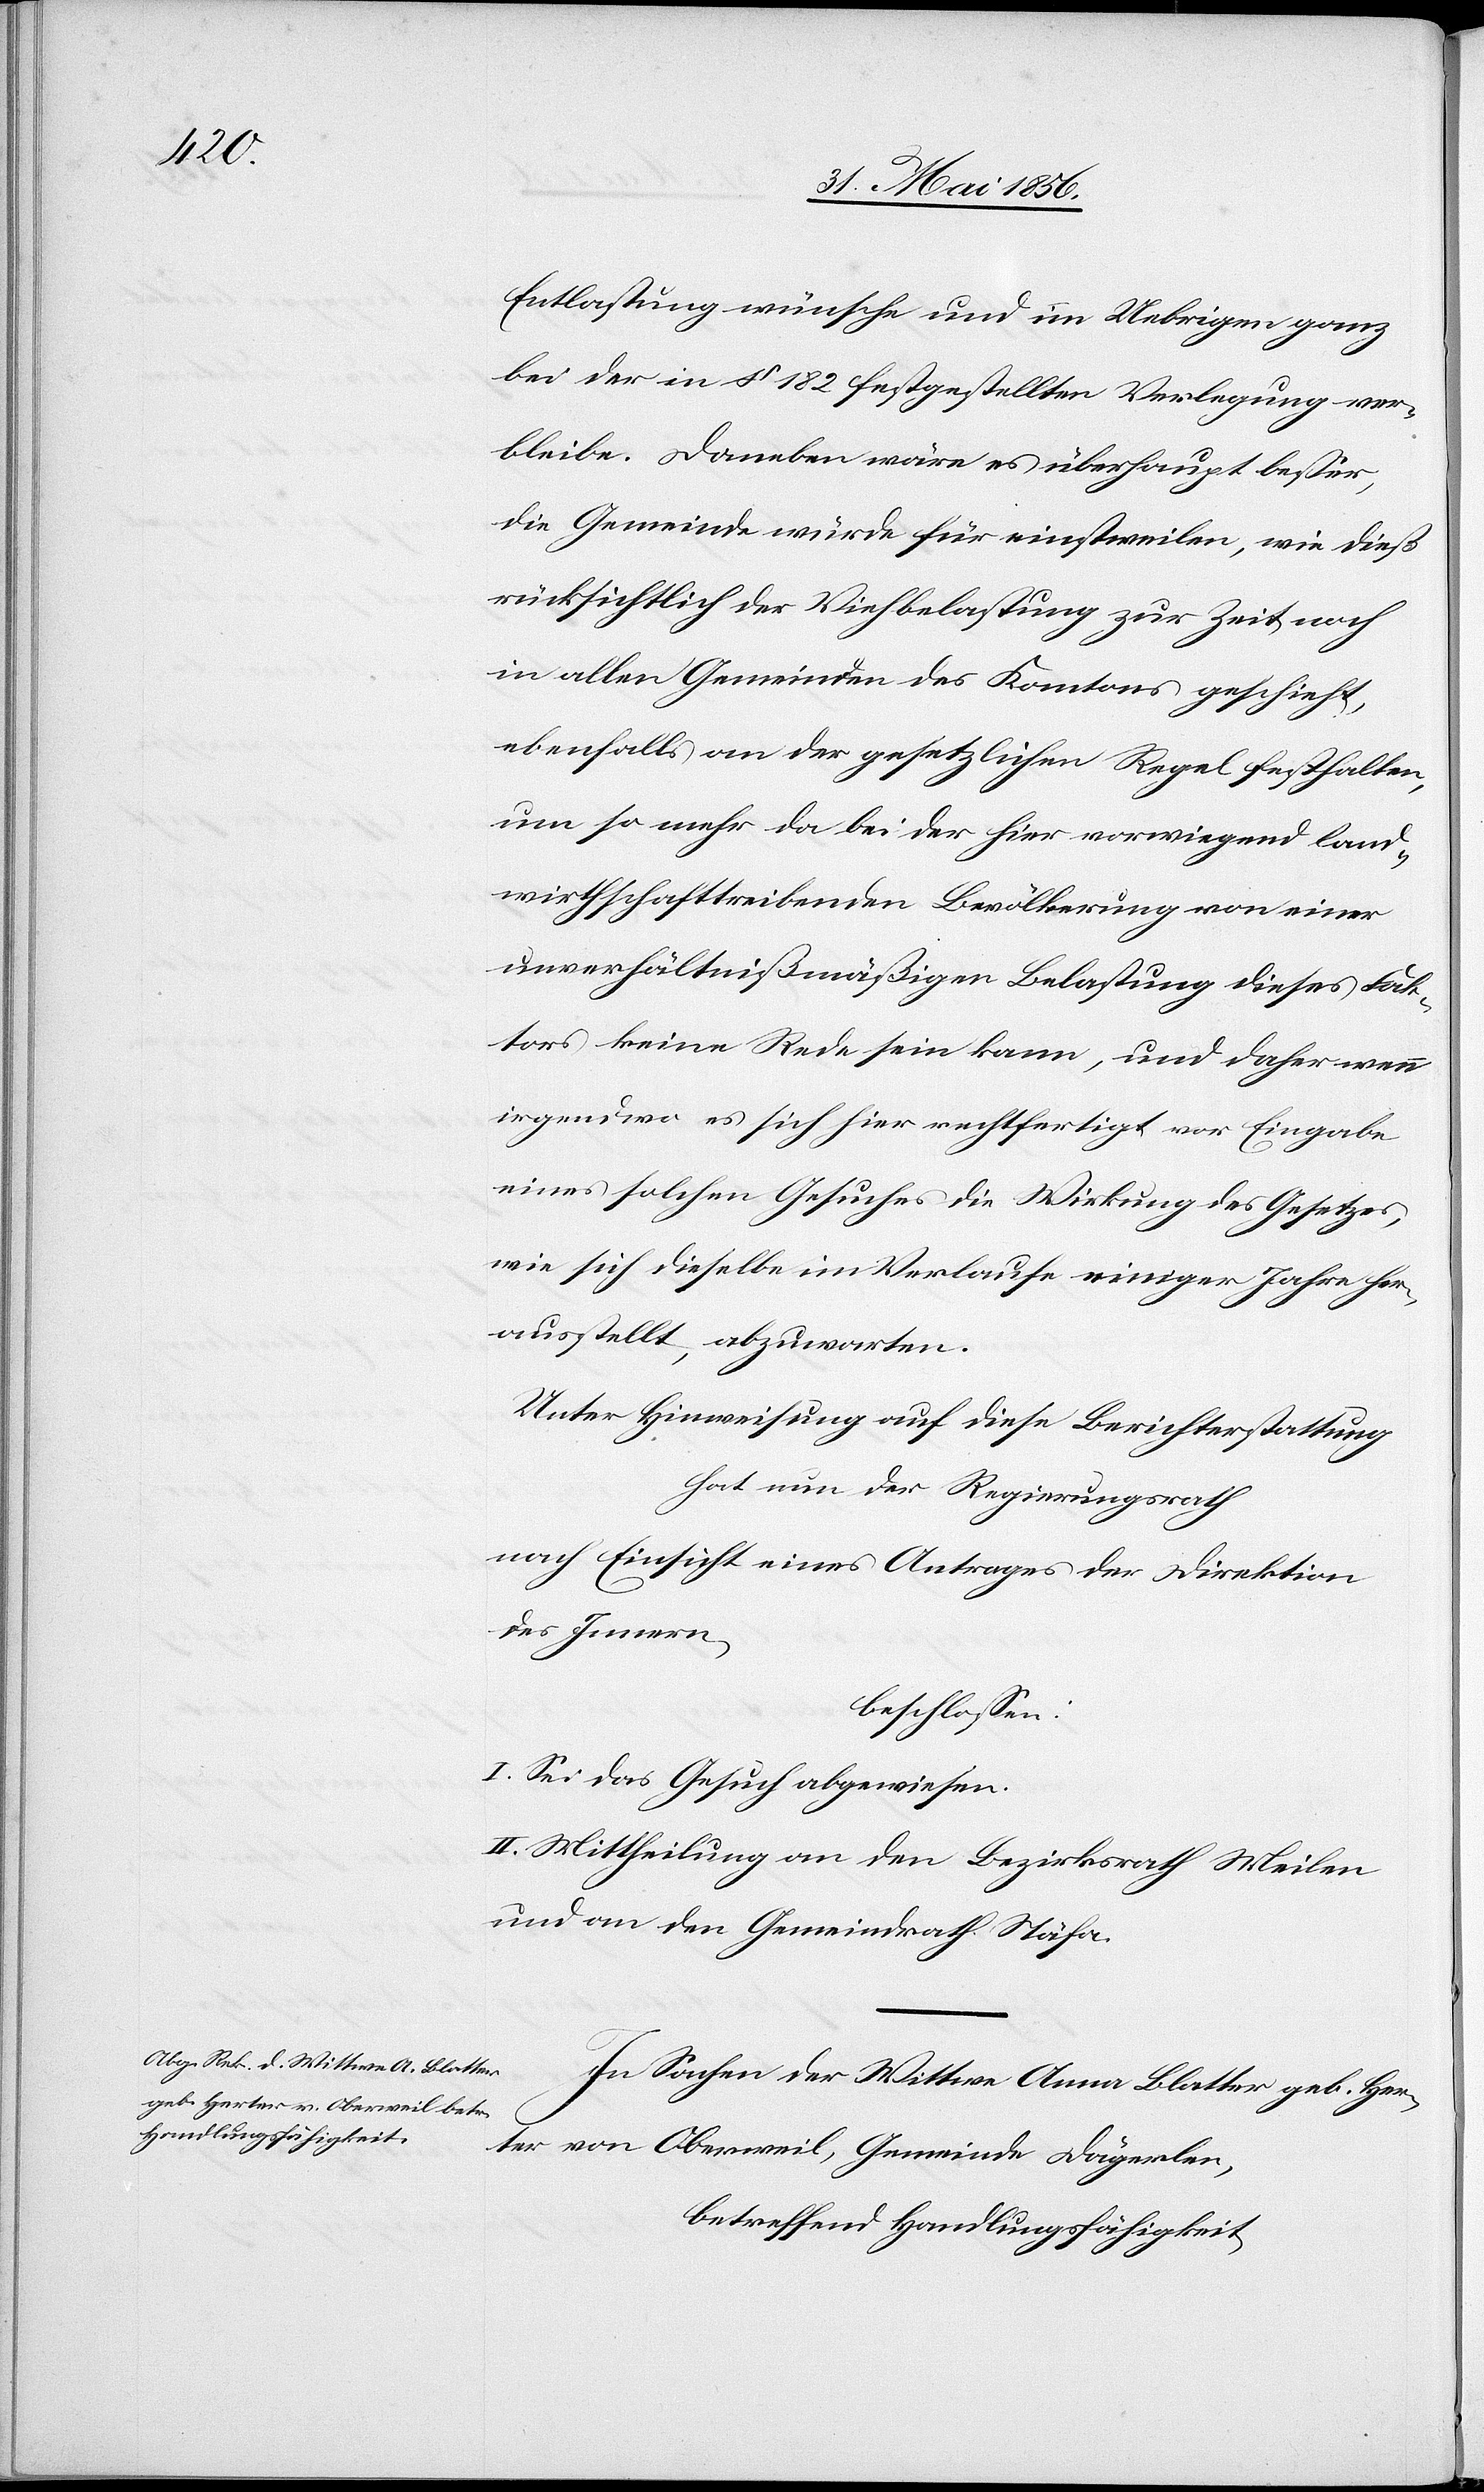
Entlastung wünsche und im Uebrigen ganz
bei der in § 182 festgestellten Verlegung ver¬
bleibe. Daneben wäre es überhaupt besser,
die Gemeinde würde für einstweilen, wie dieß
rücksichtlich der Viehbelastung zur Zeit noch
in allen Gemeinden des Kantons geschieht,
ebenfalls an der gesetzlichen Regel festhalten,
um so mehr da bei der hier vorwiegend land¬
wirthschafttreibenden Bevölkerung von einer
unverhältnißmäßigen Belastung dieses Fak¬
tors keine Rede sein kann, und daher wenn
irgendwo es sich hier rechtfertigt vor Eingabe
eines solchen Gesuches die Wirkung des Gesetzes,
wie sich dieselbe im Verlaufe einiger Jahre her¬
ausstellt, abzuwarten.
Unter Hinweisung auf diese Berichterstattung
hat nun der Regierungsrath
nach Einsicht eines Antrages der Direktion
des Innern,
beschlossen:
I. Sei das Gesuch abgewiesen.
II. Mittheilung an den Bezirksrath Meilen
und an den Gemeindrath Stäfa.
In Sachen der Wittwe Anna Blatter geb. Her¬
ter von Oberweil, Gemeinde Dägerlen,
betreffend Handlungsfähigkeit,